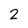
Character: 2